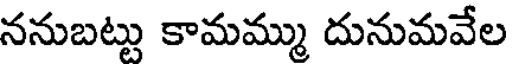
ననుబట్టు కామమ్ము దునుమవేల